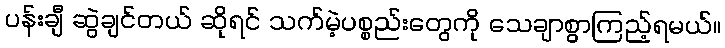
ပန်းချီ ဆွဲချင်တယ် ဆိုရင် သက်မဲ့ပစ္စည်းတွေကို သေချာစွာကြည့်ရမယ်။